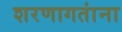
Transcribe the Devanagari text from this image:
शरणागतांना